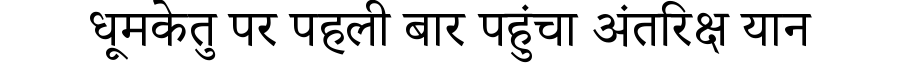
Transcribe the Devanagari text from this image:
धूमकेतु पर पहली बार पहुंचा अंतरिक्ष यान